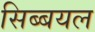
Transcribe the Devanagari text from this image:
सिब्बयल